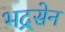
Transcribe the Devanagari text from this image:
भद्र्सेन